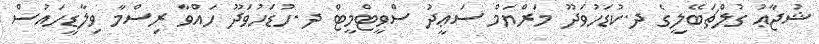
ޝުޖާޢު ގުލްޗަބޭލީގެ ދ.ކުޑަހުވަދޫ މަރްޔަމް ސަޢީދު ސްވީޓްމީޓް ދ.ހުޑަހުވަދޫ ހައްވާ ރިސްމާ ވިލާޑީހައުސް